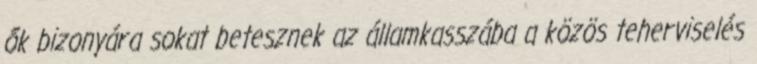
ők bizonyára sokat betesznek az államkasszába a közös teherviselés